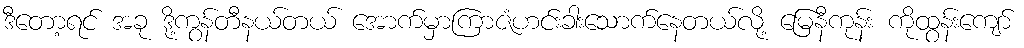
ဒီတော့ရင် အခု ဒို့ကွန်တီနယ်တယ် အောက်မှာကြာဇံဟင်းခါးသောက်နေတယ်လို့ မြေနီကုန်း ကိုထွန်းကျော်